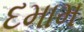
દમામ